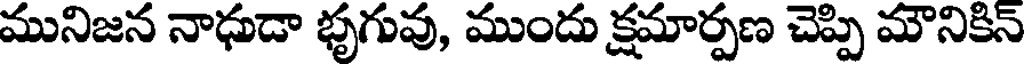
మునిజన నాధుడా భృగువు, ముందు క్షమార్పణ చెప్పి మౌనికిన్